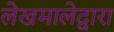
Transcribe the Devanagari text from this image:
लेखमालेद्वारा